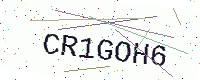
Text: CR1GOH6